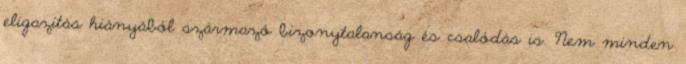
eligazítás hiányából származó bizonytalanság és csalódás is. Nem minden